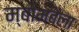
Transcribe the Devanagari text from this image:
म्बोमबेला